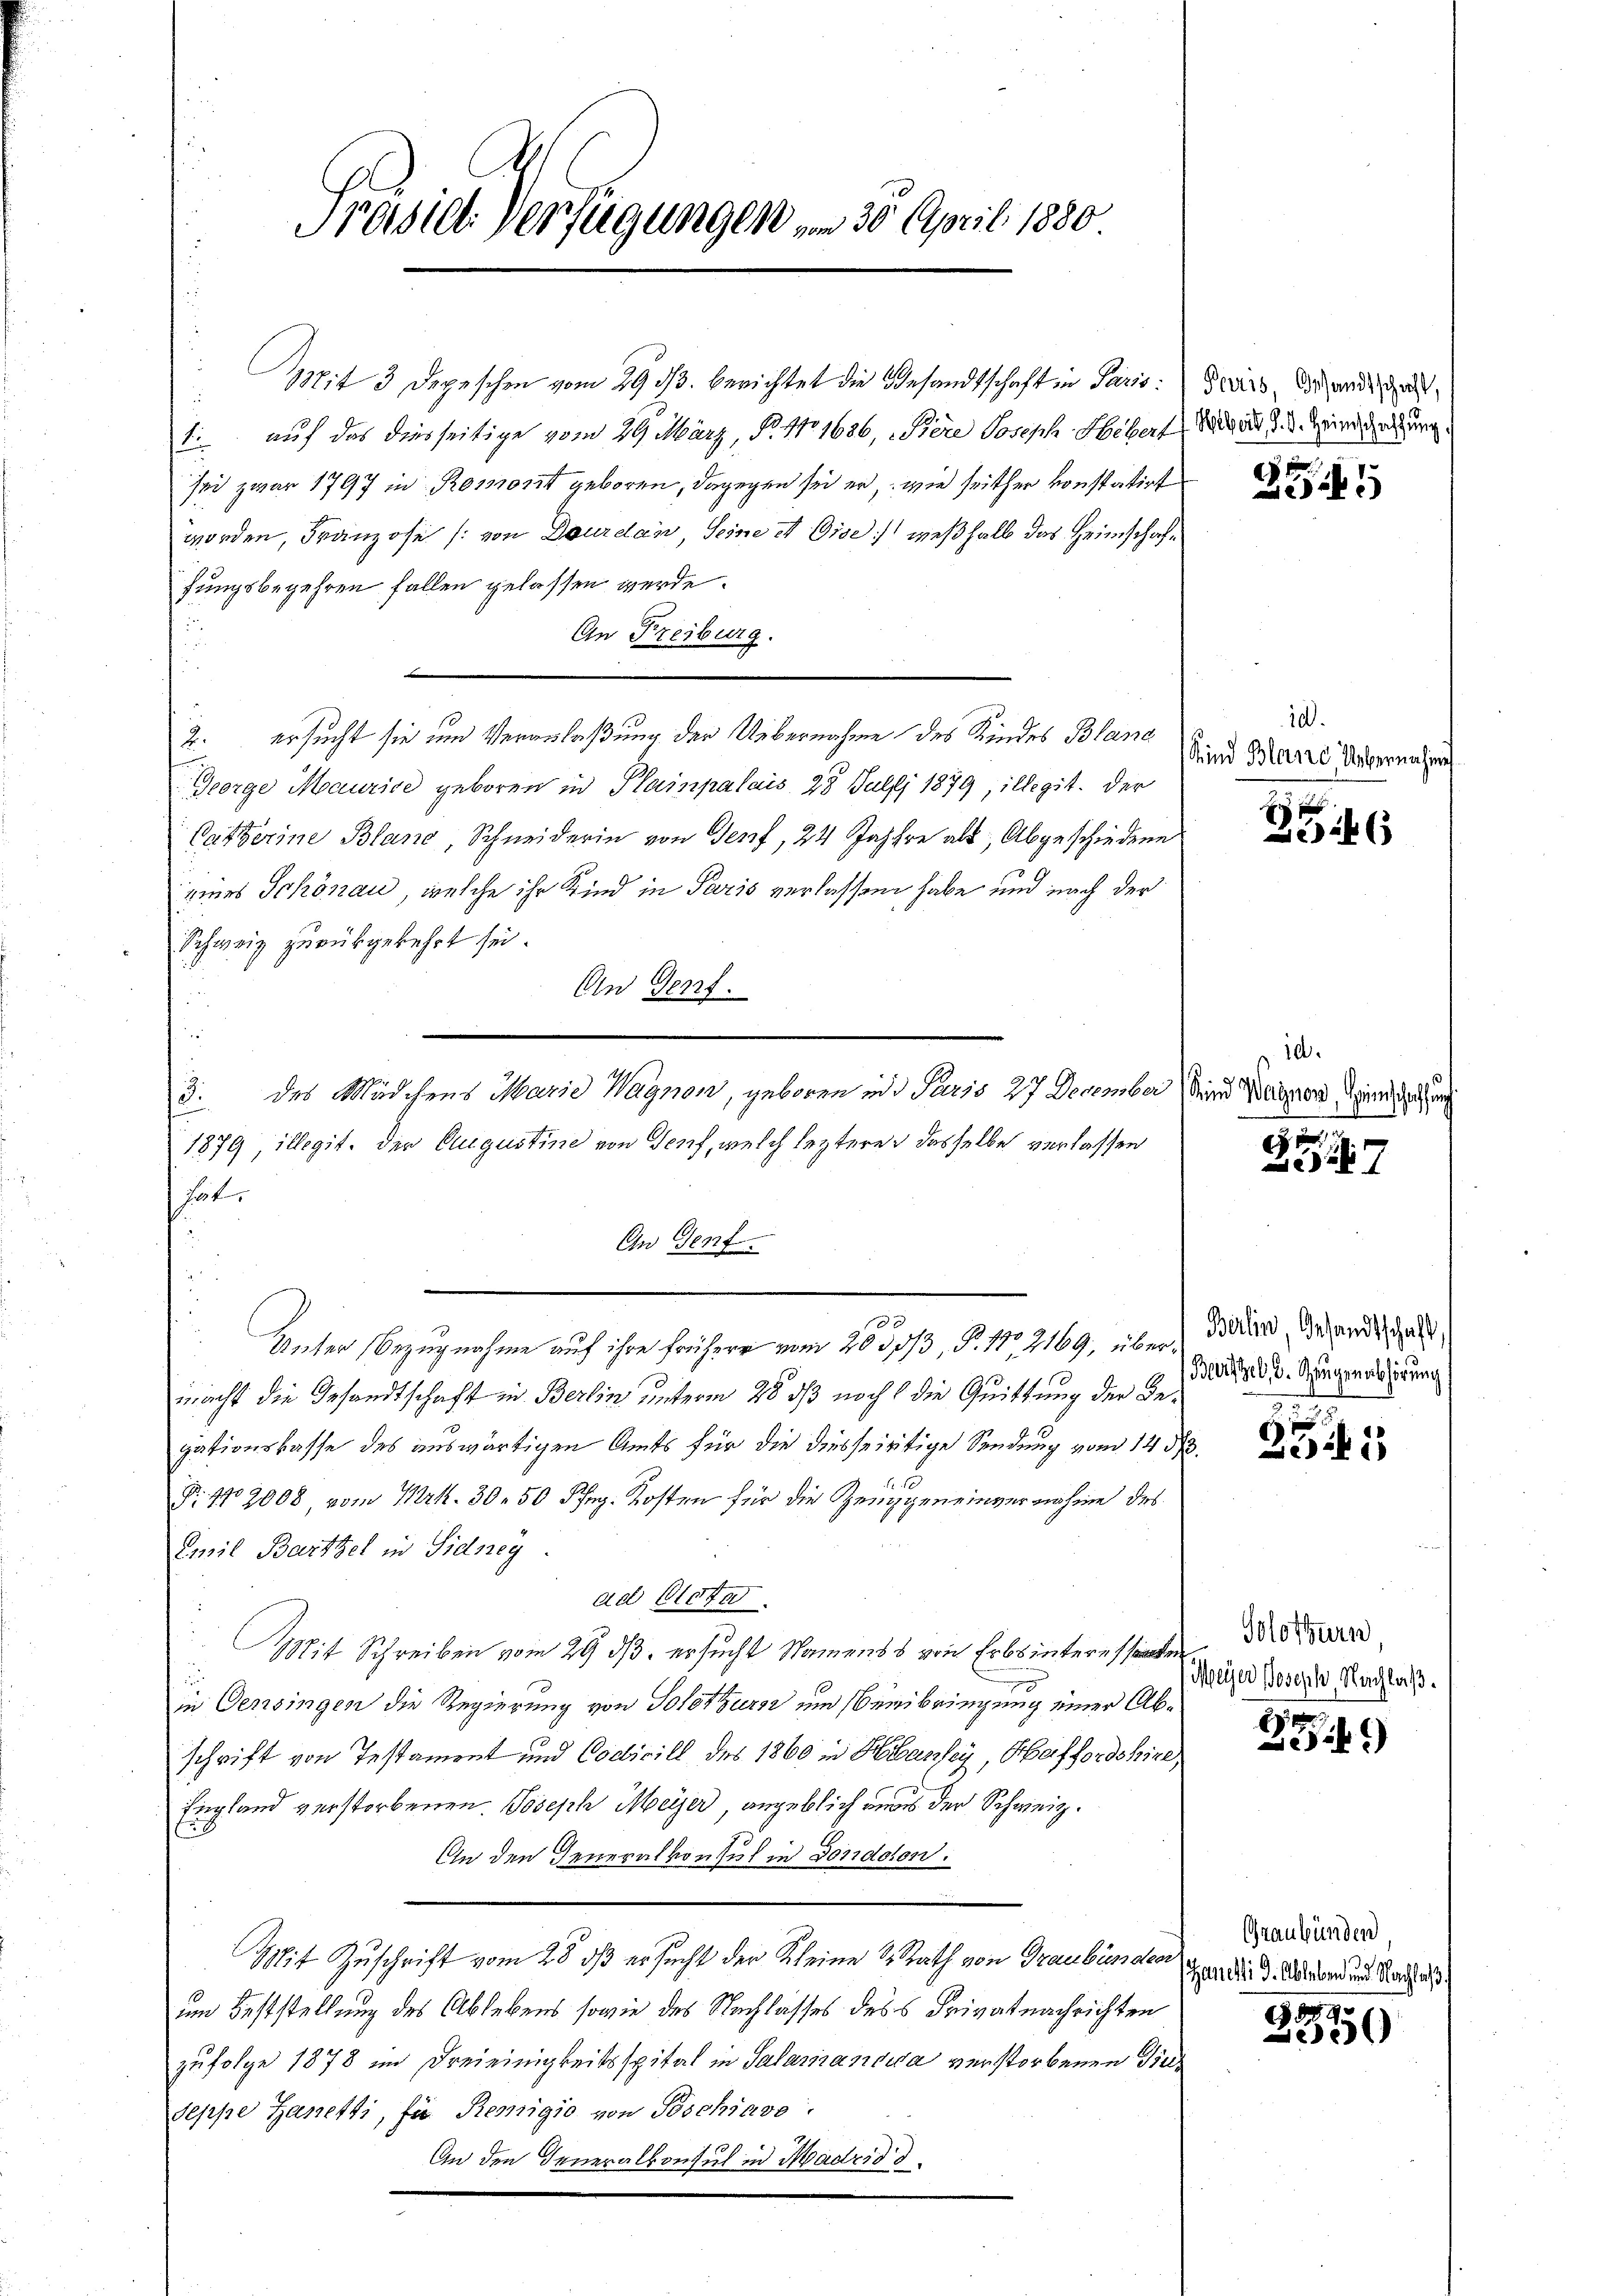
Præsiel. Verfügungen n 35. April 1880

1. auf das diesseitige vom 29 März, P. No 1686, Tiere Joseph Hebert
sei zwar 1797 in Romont geboren, dagegen sei er, wie seither konstatirt
worden, Franzose (von Dourdan seine et Oise) weßhalb das Heimschaffungsbegehren fallen gelassen werde.
An Freiburg.
2. ersucht sie um Veranlaßung der Uebernahme des Kindes Bland
George Maurice geboren in Plainpalais 23 Juli 1879, illegit. Der
Catberine Blanc, Schneiderin von Genf, 24 Jahre als Abgeschiedene
eines Schönau, welche ihr Kind in Paris verlassen habe und nach der
Schweiz zurückgekehrt sei.
An Genf.
2
des Mädchens Marie Wagnon, geboren und Paris 27 December
1879 illegit. der Augustine von Genf, welch leztere dasselbe verlassen
hat.
An Genf
s
Veter Bezugnahme auf ihre frühere von 2030/3, P. Nr. 2169, über Bestand, Gesandtschaft,
macht die Gesandtschaft in Berlin unterm 28 dß noch die Quittung der Begationskasse des auswärtigen Amts für die diesseitige Sendung vom 14 d
Fr. 102008 vom Urk. 30. 50 Pfg. Kosten für die Zeuggeneinvernahme des
Emil Bartzel in Sidneg.
ad Blotn
Mit Schreiben vom 29. ds. ersucht Namens von Erbsinteressanten
in Gensingen die Regierung von Solothurs und Beibringung einer Abschrift von Testament und Codicill des 1860 in Hansey, Haffordshire,
England verstorbenen Joseph Meyer, angeblich aus der Schweiz.
An den Generalkonsul in Gonddon:
Mit Zuschrift vom 28. dß ersucht der Kleine 2. Rath von Graubünden
um Feststellung des Ablebens sowie des Nachlasses des Privatnachrichten
zufolge 1878 im Freieinigkeitsspital in Salamanowa verstorbenen Dinseppe Zanetti, für Remigio von Poschiavo
An den Generalkonsul in Madrid d

Mit 3 Depeschen vom 29. 33. berichtet die Gesandtschaft in Paris

Paris, Gesandtschaft,
Holbeil, d. J. Heimschaffung

545

10.
Kind Bland Uebernahme

B

10.
Kind Wagner, Heimschaffung

7

Berzel, d. Zeugenabhörung
.

251

Solothurn
(Meyer Joseph, Nachlaß.

2
241)

Graubünden
Janelli d. Ableben und Nachlaß

89
253)